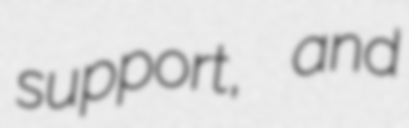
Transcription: support, and